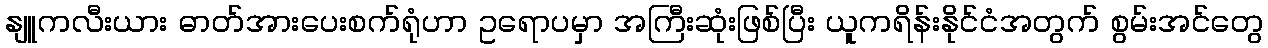
နျူကလီးယား ဓာတ်အားပေးစက်ရုံဟာ ဥရောပမှာ အကြီးဆုံးဖြစ်ပြီး ယူကရိန်းနိုင်ငံအတွက် စွမ်းအင်တွေ